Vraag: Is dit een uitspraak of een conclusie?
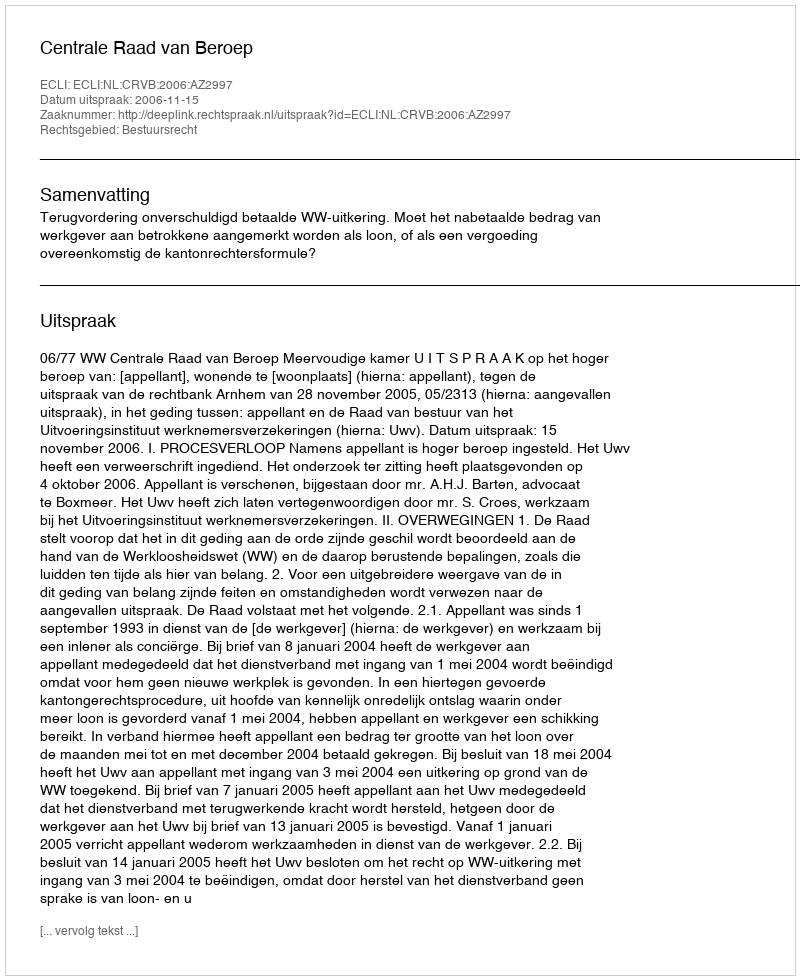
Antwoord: Uitspraak